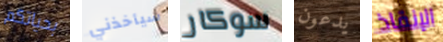
بحياتكم سيأخذني سوكار يدعون الإنقاذ